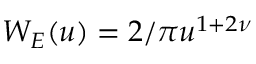
W _ { E } ( u ) = 2 / \pi u ^ { 1 + 2 \nu }